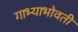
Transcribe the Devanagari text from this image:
गाभ्याभोवती